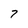
Character: 7